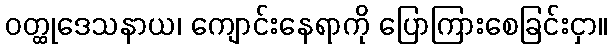
ဝတ္ထုဒေသနာယ၊ ကျောင်းနေရာကို ပြောကြားစေခြင်းငှာ။